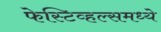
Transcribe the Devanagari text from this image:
फेस्टिव्हल्समध्ये